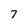
Character: 7